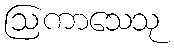
ဩကာသေသု